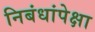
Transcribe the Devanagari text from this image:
निबंधांपेक्षा